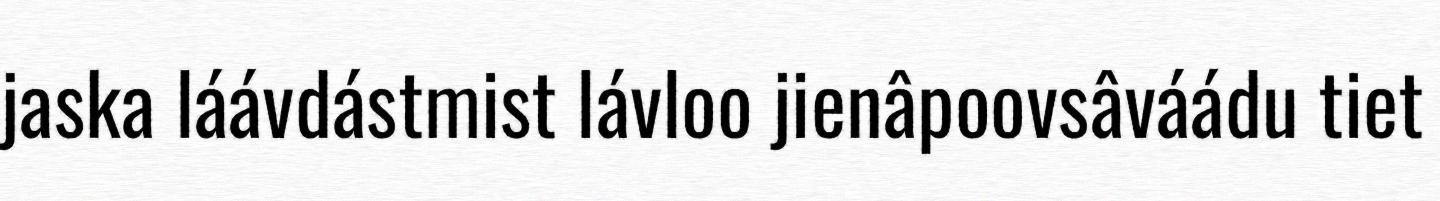
jaska láávdástmist lávloo jienâpoovsâváádu tiet